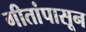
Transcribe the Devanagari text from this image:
गीतांपासून